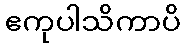
ဧကုပါသိကာပိ